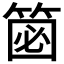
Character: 𥮦